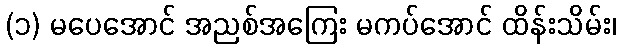
(၁) မပေအောင် အညစ်အကြေး မကပ်အောင် ထိန်းသိမ်း၊